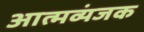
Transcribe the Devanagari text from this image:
आत्मव्यंजक